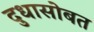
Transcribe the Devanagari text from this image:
दुधासोबत